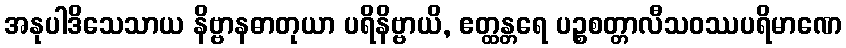
အနုပါဒိသေသာယ နိဗ္ဗာနဓာတုယာ ပရိနိဗ္ဗာယိ, ဧတ္ထန္တရေ ပဉ္စစတ္တာလီသဝဿပရိမာဏေ